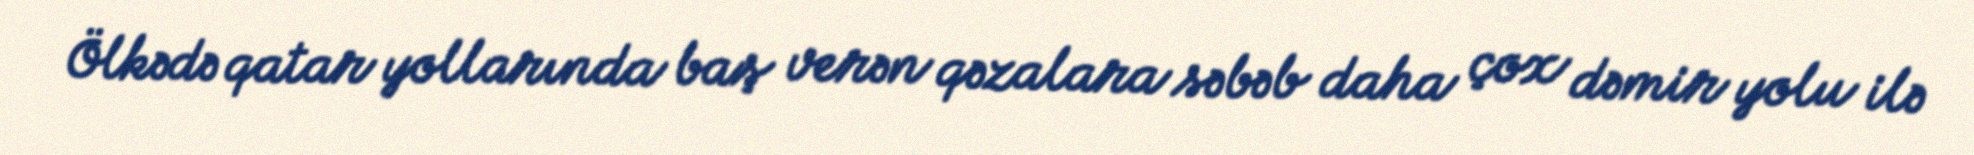
Ölkədə qatar yollarında baş verən qəzalara səbəb daha çox dəmir yolu ilə